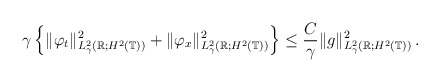
\begin{align*}\gamma & \left\{\Vert\varphi_{t}\Vert^2_{L^2_\gamma(\mathbb R; H^2(\mathbb T))}+\Vert\varphi_{x}\Vert^2_{L^2_\gamma(\mathbb R;H^2(\mathbb T))}\right\}\le \frac{C}{\gamma}\Vert g\Vert^2_{L^2_\gamma(\mathbb R; H^2(\mathbb T))}\,.\end{align*}